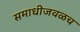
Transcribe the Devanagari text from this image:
समाधीजवळच